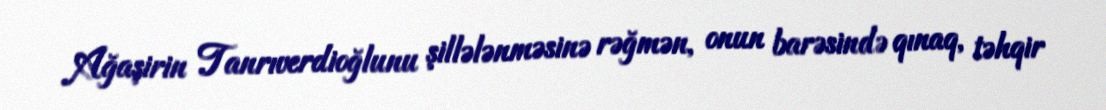
Ağaşirin Tanrıverdioğlunu şillələnməsinə rəğmən, onun barəsində qınaq, təhqir